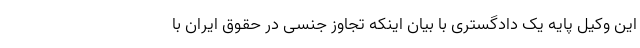
این وکیل پایه یک دادگستری با بیان اینکه تجاوز جنسی در حقوق ایران با